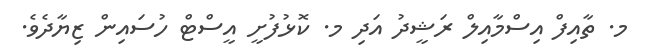
މ. ތާއިފް އިސްމާއިލް ރަޝީދު އަދި މ. ކޮޅުފުށީ އީސްޓް ހުސައިން ޒިޔާދެވެ.